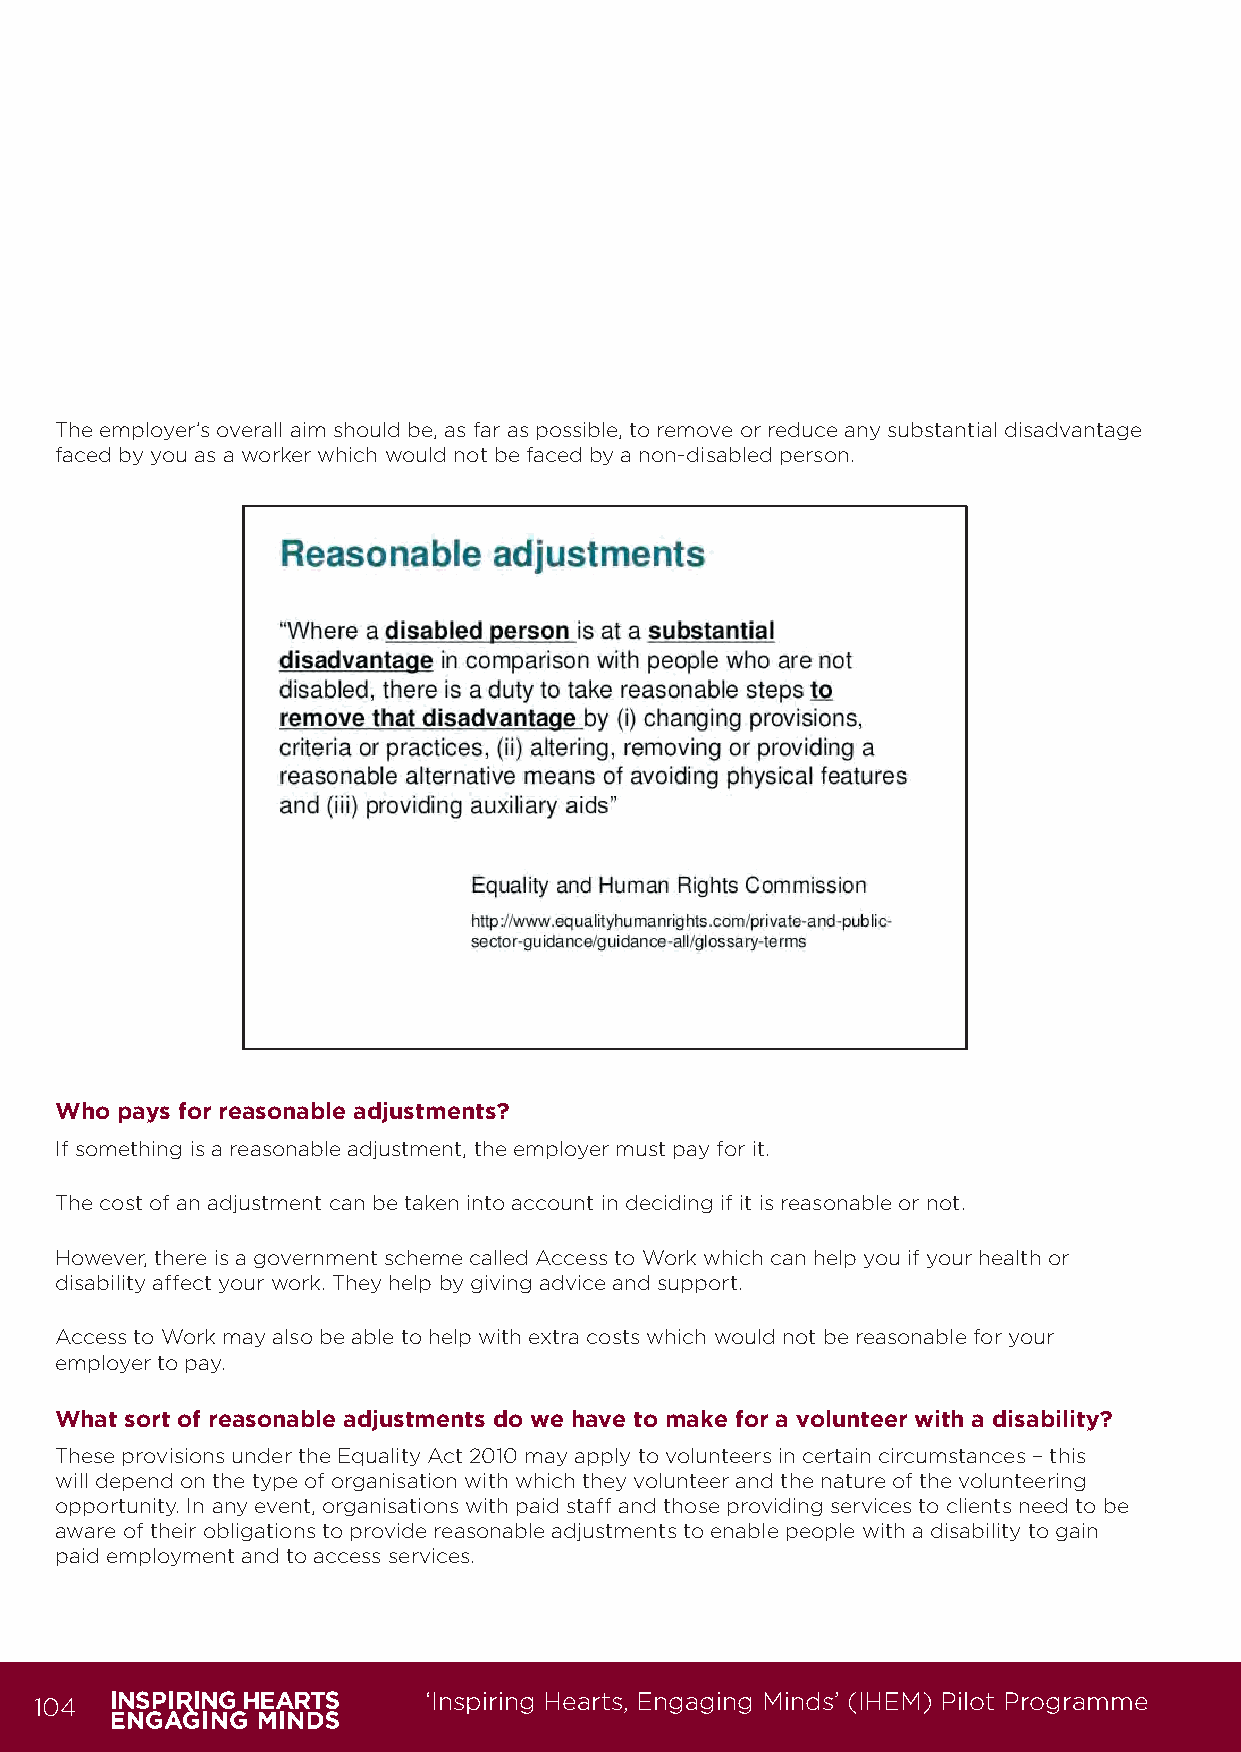
The employer’s overall aim should be, as far as possible, to remove or reduce any substantial disadvantage
 faced by you as a worker which would not be faced by a non-disabled person.
 Who pays for reasonable adjustments?
 If something is a reasonable adjustment, the employer must pay for it.
 The cost of an adjustment can be taken into account in deciding if it is reasonable or not.
 However, there is a government scheme called Access to Work which can help you if your health or
 disability affect your work. They help by giving advice and support.
 Access to Work may also be able to help with extra costs which would not be reasonable for your
 employer to pay.
 What sort of reasonable adjustments do we have to make for a volunteer with a disability?
 These provisions under the Equality Act 2010 may apply to volunteers in certain circumstances – this
 will depend on the type of organisation with which they volunteer and the nature of the volunteering
 opportunity. In any event, organisations with paid staff and those providing services to clients need to be
 aware of their obligations to provide reasonable adjustments to enable people with a disability to gain
 paid employment and to access services.
 104                       ‘Inspiring Hearts, Engaging Minds’ (IHEM) Pilot Programme
 IHEM-Evaluation-Summary-Report_Brand Compliant.indd 104                 29/09/2020 06:59:44